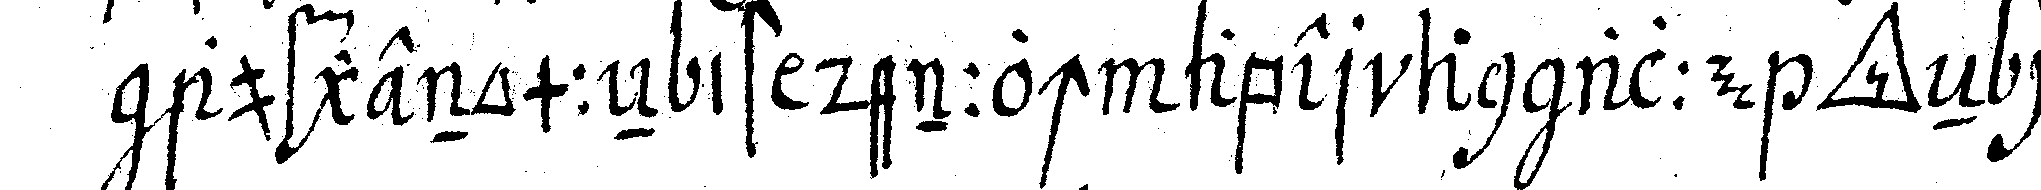
aufgenommeN ist dennoch aber an allea *tri..* eN ins